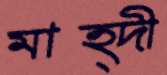
মাহ্দী